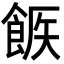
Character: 𩛫